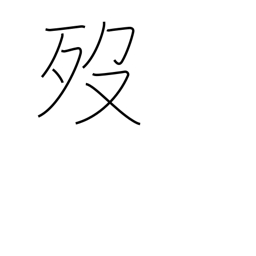
Meaning: die